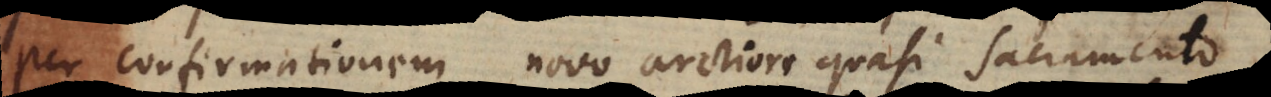
per Confirmationem novo arctiore quasi sacramento